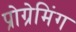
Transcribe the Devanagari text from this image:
प्रोग्रेमिंग